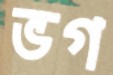
ভগ